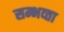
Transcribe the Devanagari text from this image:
सम्भव्ता